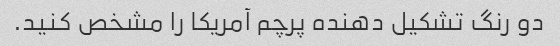
دو رنگ تشکیل دهنده پرچم آمریکا را مشخص کنید.